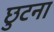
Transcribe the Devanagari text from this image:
छुटना